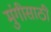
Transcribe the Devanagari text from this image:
मुंगीसाठी